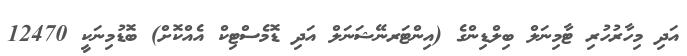
އަދި މިހާރުހުރި ޓާމިނަލް ބިލްޑިންގެ (އިންޓަރނޭޝަނަލް އަދި ޑޮމެސްޓިކް އެއްކޮށް) ބޮޑުމިނަކީ 12470